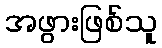
အဖွားဖြစ်သူ